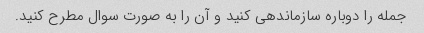
جمله را دوباره سازماندهی کنید و آن را به صورت سوال مطرح کنید.